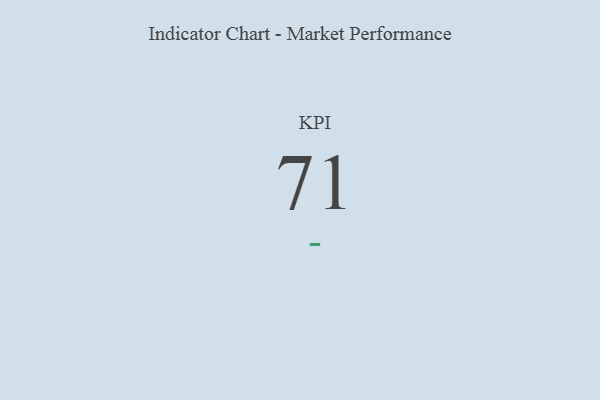
{"axis": {"x": "KPI", "y": "Value"}, "legend": [""], "data": [{"x": "KPI", "y": 71, "type": ""}]}